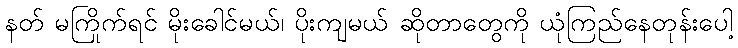
နတ် မကြိုက်ရင် မိုးခေါင်မယ်၊ ပိုးကျမယ် ဆိုတာတွေကို ယုံကြည်နေတုန်းပေါ့